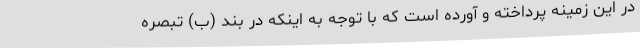
در این زمینه پرداخته و آورده است که با توجه به اینکه در بند (ب) تبصره